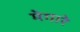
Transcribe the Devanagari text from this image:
मेगारे